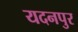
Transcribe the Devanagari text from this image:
यदनपुर